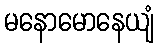
မနောမောနေယျံ